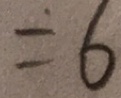
= 6